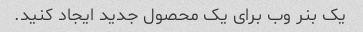
یک بنر وب برای یک محصول جدید ایجاد کنید.